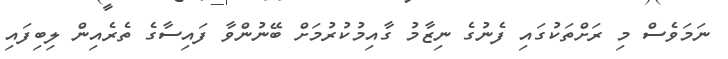
ނަމަވެސް މި ރަށްތަކުގައި ފެނުގެ ނިޒާމު ގާއިމުކުރުމަށް ބޭނުންވާ ފައިސާގެ ތެރެއިން ލިބިފައި